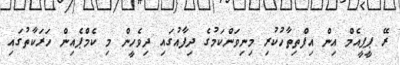
ރޭ ޕީޕީއެމް އިން އިފްތިތާހުކުރި މިނިވަންކަމުގެ ދިފާއުގައި ދިވެހީން މި ކެމްޕެއިން ހަރަކާތުގައި